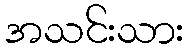
အသင်းသား